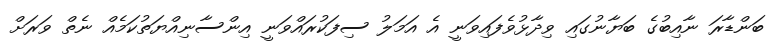
ބަންޑާރަ ނާއިބުގެ ބަޔާނުގައި ވިދާޅުވެފައިވަނީ އެ އަމަލު ސިފަކުރައްވަނީ އިންސާނިއްޔަތުކަމެއް ނެތް ވަރަށް